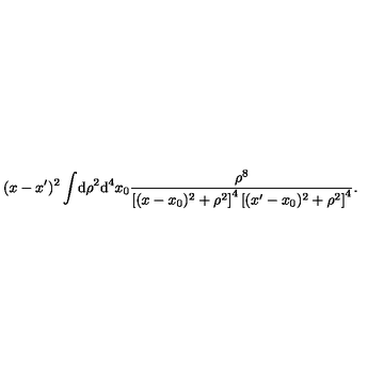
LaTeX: ( x - x ^ { \prime } ) ^ { 2 } \int \! \mathrm { d } \rho ^ { 2 } \mathrm { d } ^ { 4 } x _ { 0 } \frac { \rho ^ { 8 } } { \left[ ( x - x _ { 0 } ) ^ { 2 } + \rho ^ { 2 } \right] ^ { 4 } \left[ ( x ^ { \prime } - x _ { 0 } ) ^ { 2 } + \rho ^ { 2 } \right] ^ { 4 } } .